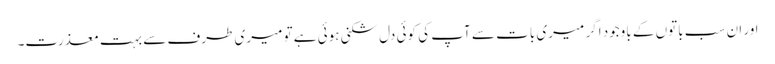
اور ان سب باتوں کے باوجود اگر میری بات سے آپ کی کوئی دل شکنی ہوئی ہے تو میری طرف سے بہت معذرت۔